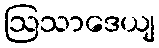
ဩသာဒေယျ